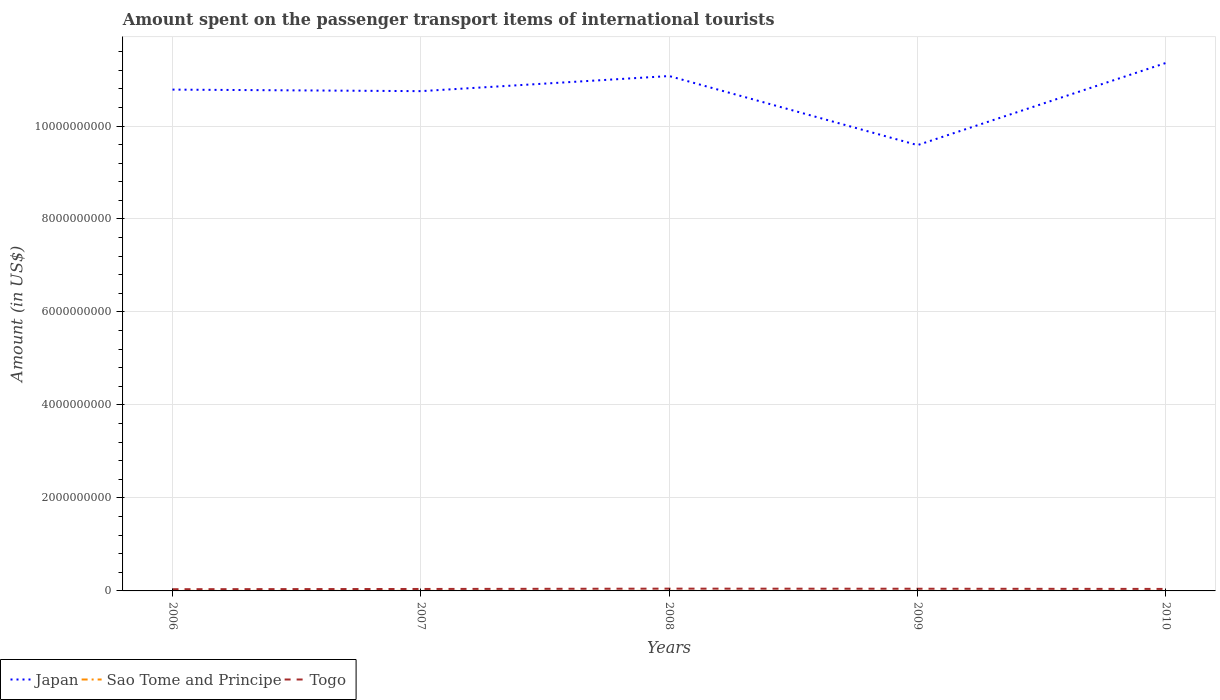
| Years | Japan | Sao Tome and Principe | Togo |
 | --- | --- | --- | --- |
 | 2006 | 1.08e+10 | 9e+05 | 3.7e+07 |
 | 2007 | 1.08e+10 | 6e+05 | 4.2e+07 |
 | 2008 | 1.11e+10 | 3e+05 | 4.9e+07 |
 | 2009 | 9.59e+09 | 4e+05 | 4.7e+07 |
 | 2010 | 1.14e+10 | 5e+05 | 4.3e+07 |